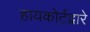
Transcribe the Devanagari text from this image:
हायकोर्टद्वारे